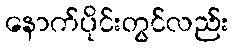
နောက်ပိုင်းတွင်လည်း